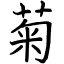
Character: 菊